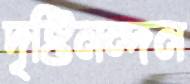
দৃষ্টিনন্দন